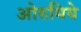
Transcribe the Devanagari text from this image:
ओरुमिये